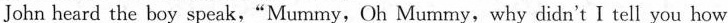
John heard the boy speak,"Mummy, Oh Mummy, why didn't I tell you how